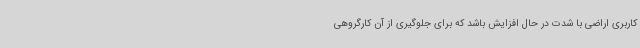
کاربری اراضی با شدت در حال افزایش باشد که برای جلوگیری از آن کارگروهی